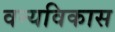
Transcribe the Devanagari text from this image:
वन्यविकास